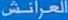
العرانش